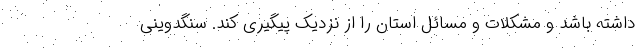
داشته باشد و مشکلات و مسائل استان را از نزدیک پیگیری کند. سنگدوینی